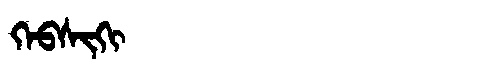
Manchu: ᡴᡝᠪᠰᡳᡴᡳ
Romanization: KEBSIKI